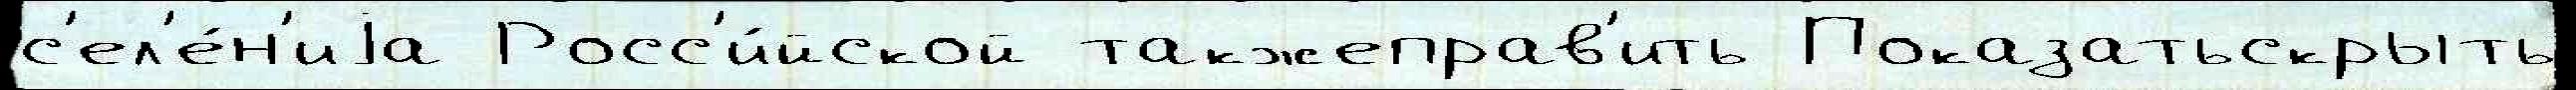
с'ел'е́н'иjа Росс'и́йской такжеправ'ить Показатьскрыть